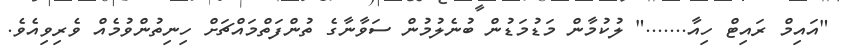
"އައިމް ރައިޓް ހިއާ......." ލުކުމާން މަޑުމަޑުން ބުނެލުމުން ސަވާނާގެ ތުންފަތްމައްޗަށް ހިނިތުންވުމެއް ވެރިވިއެވެ.